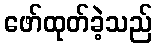
ဖော်ထုတ်ခဲ့သည်